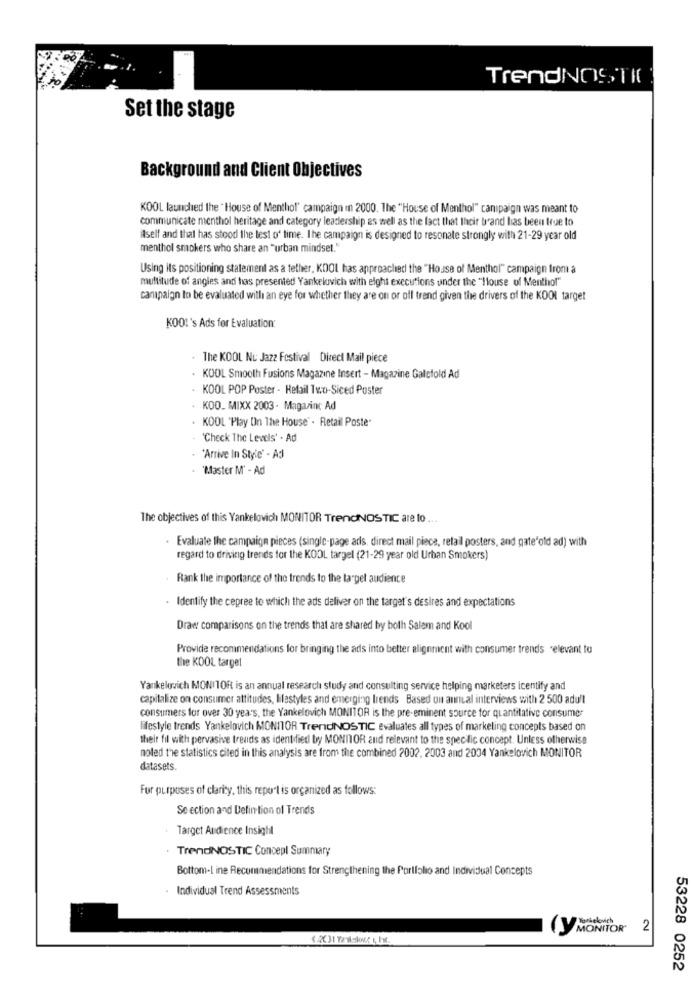
TrendNOSTI(
Set the stage
Background and Client Objectives
KOOL launched the " House of Menthol" campaign in 2000. The "House of Menthol" campaign was meant to
communicate menthol heritage and category leadership as well as the fact that Ihcir brand has been true to
Aself and that has stood the test of time. The campaign is designed to resonate strongly with 21-29 year old
menthol smokers who share an "urban mindset."
Using its positioning statement as a tether, KDOL has approached the "House of Menthol" campaign from a
multitude of angles and has presented Yankeluvich with eight executions under the "House of Menthol"
canapaign to be evaluated with an eye for whether they are on or off trend given the drivers of the KOOI target
KOOL's Ads for Evaluation:
. The KOOL Nu Jazz Festival Direct Mail piece
KOOL Smooth Fusions Magazine Insert - Magazine Galefold Ad
· KOOL POP Poster - Retail Two-Siced Poster
KDO_ MIXX 2003 - Magazinc Ad
KOOL 'Play On The House" - Retail Poste"
'Check The Levels' - Ad
'Arrive In Style" - AJ
"Master M' - Ad
The objectives of this Yankelowich MONITOR TrendNOSTIC are to ...
Evaluate the campaign pieces (single-page ads, direct mail piece, retail posters, and gate"old ad) with
regard to driving trends for the KOOL targel (21-29 year old Urban Smokers)
Rank the importance of the trends to the target audience
. Identify the cepree to which the ads deliver on the target's desires and expectations
Draw comparisons on the trends that are shared by both Salam and Kool
Provide recommendations for bringing the ads into better alignment with consumer trends relevant to
the KOOL target
Yankelovich MONITOR is an annual research study and consulting service helping marketers icentify and
capitalize on consumer attitudes, Ilestyles and emerging trends Based on annual interviews with 2 500 adull
consumers for over 30 yea's, the Yankelovich MONITOR is the pre- eminent source for quantitative consumer
lifestyle trends Yankelovich MONITOR TrendNOSTIC evaluates all types of marketing concepts based on
their fil with pervasive trends as identified by MONITOR and relevant to the specific concept. Unless otherwise
noted the statistics cited in this analysis are from the combined 2002, 2003 and 2004 Yankelovich MONITOR
datasets.
For purposes of clarity, this report is organized as follows:
Se ection and Defin tion of Trends
Target Audience Insight
TrendNOSTIC Concept Summary
Bottom-Line Recommendations for Strengthening the Portfolio and Individual Concepts
Individual Trend Assessments
(Y MONITOR"
2
53228 0252